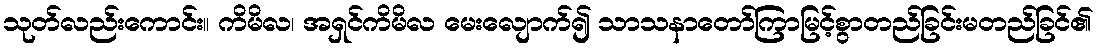
သုတ်လည်းကောင်း။ ကိမိလ၊ အရှင်ကိမိလ မေးလျောက်၍ သာသနာတော်ကြာမြင့်စွာတည်ခြင်းမတည်ခြင်၏